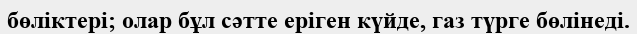
бөліктері; олар бұл сәтте еріген күйде, газ түрге бөлінеді.